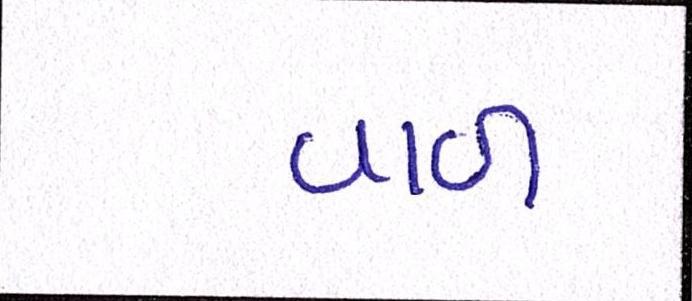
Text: વાળ